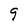
Character: g